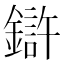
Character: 𲇠